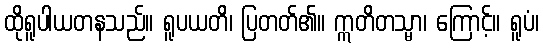
ထိုရူပါယတနသည်။ ရူပယတိ၊ ပြတတ်၏။ ဣတိတသ္မာ၊ ကြောင့်။ ရူပံ၊